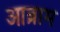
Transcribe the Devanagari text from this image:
आब्राम